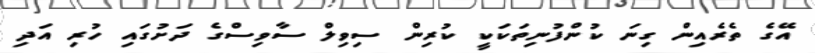
އޭގެ ތެރެއިން ގިނަ ކުންފުނިތަކަކީ ކުރިން ސިވިލް ސާވިސްގެ ދަށުގައި ހުރި އަދި